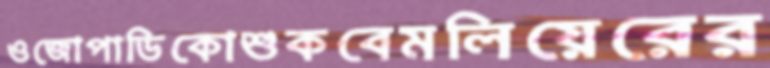
ওজোপাডিকোশুকবেমলিয়েরের